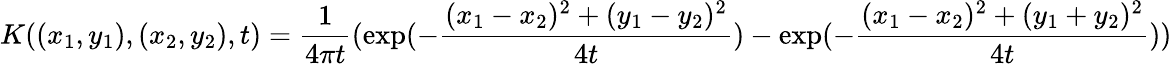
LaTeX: K((x_{1},y_{1}),(x_{2},y_{2}),t)={\frac{1}{4\pi t}}(\exp(-{\frac{(x_{1}-x_{2})^{2}+(y_{1}-y_{2})^{2}}{4t}})-\exp(-{\frac{(x_{1}-x_{2})^{2}+(y_{1}+y_{2})^{2}}{4t}}))